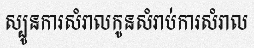
ស្បូនការសំរាលកូនសំរាប់ការសំរាល